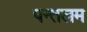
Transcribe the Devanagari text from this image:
पन्तलम